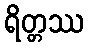
ရိတ္တဿ